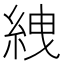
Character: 絏